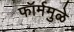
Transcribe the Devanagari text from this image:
फॉर्ममुळे